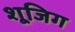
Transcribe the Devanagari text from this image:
शूजिग